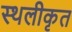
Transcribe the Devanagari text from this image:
स्थलीकृत